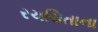
રચયિતાના